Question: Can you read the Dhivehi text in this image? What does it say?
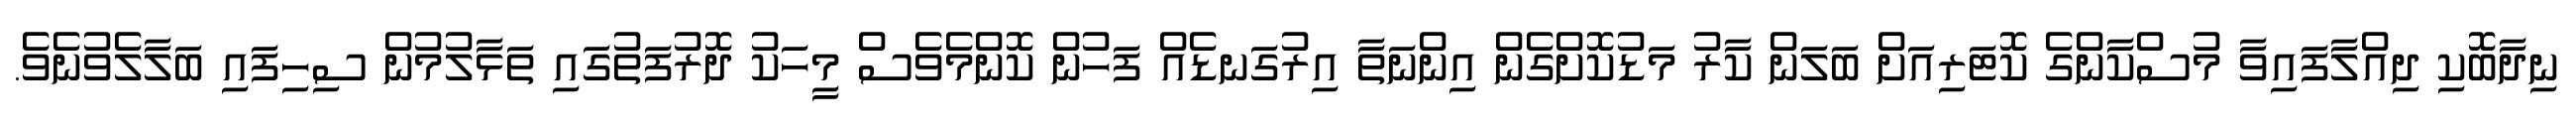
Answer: ނިދާބޮކި ދިއްލާފައިވާ މުސްކާންގެ ކޮޓަރިއަށް ބަލަން ކާރު މަޑުކޮށްގެން އިންނަތާ އިރުގަނޑެއް ފަހުން ކޮންމެވެސް މީހަކު ދޮރުފަތުގައި ތަޅާލުމުން ސިހިފައި ބަލާލެވުނެވެ.